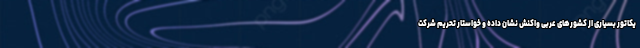
یکاتور بسیاری از کشورهای عربی واکنش نشان داده و خواستار تحریم شرکت